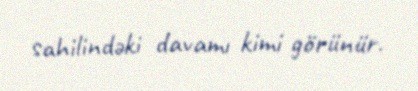
sahilindəki davamı kimi görünür.